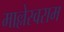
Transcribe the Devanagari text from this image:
माल्लेस्वराम